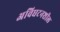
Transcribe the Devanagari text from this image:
अविघटनशील